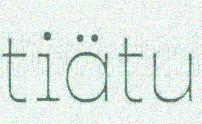
tiätu